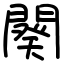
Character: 闋